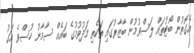
އެގޮތުން ބޯޓުތައް ލަސްވުމުން ބާޒާރުގައި ތަކެތި މަދުވުމުގެ ބައެއް ސާމާނު ހުސްވެ އަގު